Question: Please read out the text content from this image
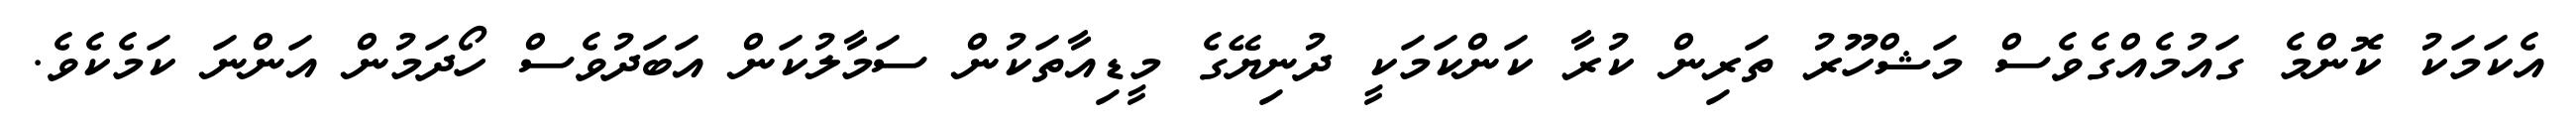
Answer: އެކަމަކު ކޮންމެ ގައުމެއްގެވެސް މަޝްހޫރު ތަރިން ކުރާ ކަންކަމަކީ ދުނިޔޭގެ މީޑިއާތަކުން ސަމާލުކަން އަބަދުވެސް ހޯދަމުން އަންނަ ކަމެކެވެ.